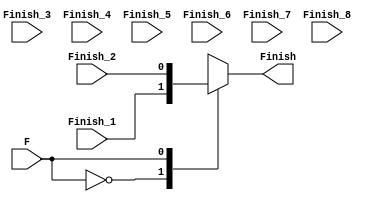
//////////////////////////////////////////////////////////////////////////////////
// Company: 
// Engineer: 
// 
// Design Name: 
// Module Name: Finish_MUX
// Project Name: 
// Target Devices: 
// Tool Versions: 
// Description: 
// 
// Dependencies: 
// 
// Revision:
// Revision 0.01 - File Created
// Additional Comments:
// 
//////////////////////////////////////////////////////////////////////////////////


module Finish_MUX(
input Finish_1,
input Finish_2,
input Finish_3,
input Finish_4,
input Finish_5,
input Finish_6,
input Finish_7,
input Finish_8,
input F,
output reg Finish
    );
    
    always@(*)
    begin
      case (F)
        3'b000: Finish <= Finish_1;
        3'b001: Finish <= Finish_2;
        3'b010: Finish <= Finish_3;
        3'b011: Finish <= Finish_4;
        3'b100: Finish <= Finish_5;
        3'b101: Finish <= Finish_6;
        3'b110: Finish <= Finish_7;
        3'b111: Finish <= Finish_8;
     endcase           
    end
    
    
endmodule